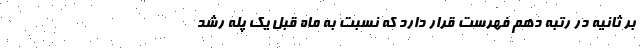
بر ثانیه در رتبه دهم فهرست قرار دارد که نسبت به ماه قبل یک پله رشد